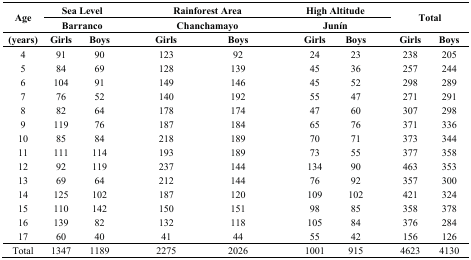
<table><thead><tr><td rowspan="2"><b>Age</b></td><td colspan="2"><b>Sea Level</b></td><td colspan="2"><b>Rainforest Area</b></td><td colspan="2"><b>High Altitude</b></td><td rowspan="2" colspan="2"><b>Total</b></td></tr><tr><td colspan="2"><b>Barranco</b></td><td colspan="2"><b>Chanchamayo</b></td><td colspan="2"><b>Junín</b></td></tr></thead><tbody><tr><td><b>(years)</b></td><td><b>Girls</b></td><td><b>Boys</b></td><td><b>Girls</b></td><td><b>Boys</b></td><td><b>Girls</b></td><td><b>Boys</b></td><td><b>Girls</b></td><td><b>Boys</b></td></tr><tr><td>4</td><td>91</td><td>90</td><td>123</td><td>92</td><td>24</td><td>23</td><td>238</td><td>205</td></tr><tr><td>5</td><td>84</td><td>69</td><td>128</td><td>139</td><td>45</td><td>36</td><td>257</td><td>244</td></tr><tr><td>6</td><td>104</td><td>91</td><td>149</td><td>146</td><td>45</td><td>52</td><td>298</td><td>289</td></tr><tr><td>7</td><td>76</td><td>52</td><td>140</td><td>192</td><td>55</td><td>47</td><td>271</td><td>291</td></tr><tr><td>8</td><td>82</td><td>64</td><td>178</td><td>174</td><td>47</td><td>60</td><td>307</td><td>298</td></tr><tr><td>9</td><td>119</td><td>76</td><td>187</td><td>184</td><td>65</td><td>76</td><td>371</td><td>336</td></tr><tr><td>10</td><td>85</td><td>84</td><td>218</td><td>189</td><td>70</td><td>71</td><td>373</td><td>344</td></tr><tr><td>11</td><td>111</td><td>114</td><td>193</td><td>189</td><td>73</td><td>55</td><td>377</td><td>358</td></tr><tr><td>12</td><td>92</td><td>119</td><td>237</td><td>144</td><td>134</td><td>90</td><td>463</td><td>353</td></tr><tr><td>13</td><td>69</td><td>64</td><td>212</td><td>144</td><td>76</td><td>92</td><td>357</td><td>300</td></tr><tr><td>14</td><td>125</td><td>102</td><td>187</td><td>120</td><td>109</td><td>102</td><td>421</td><td>324</td></tr><tr><td>15</td><td>110</td><td>142</td><td>150</td><td>151</td><td>98</td><td>85</td><td>358</td><td>378</td></tr><tr><td>16</td><td>139</td><td>82</td><td>132</td><td>118</td><td>105</td><td>84</td><td>376</td><td>284</td></tr><tr><td>17</td><td>60</td><td>40</td><td>41</td><td>44</td><td>55</td><td>42</td><td>156</td><td>126</td></tr><tr><td>Total</td><td>1347</td><td>1189</td><td>2275</td><td>2026</td><td>1001</td><td>915</td><td>4623</td><td>4130</td></tr></tbody></table>